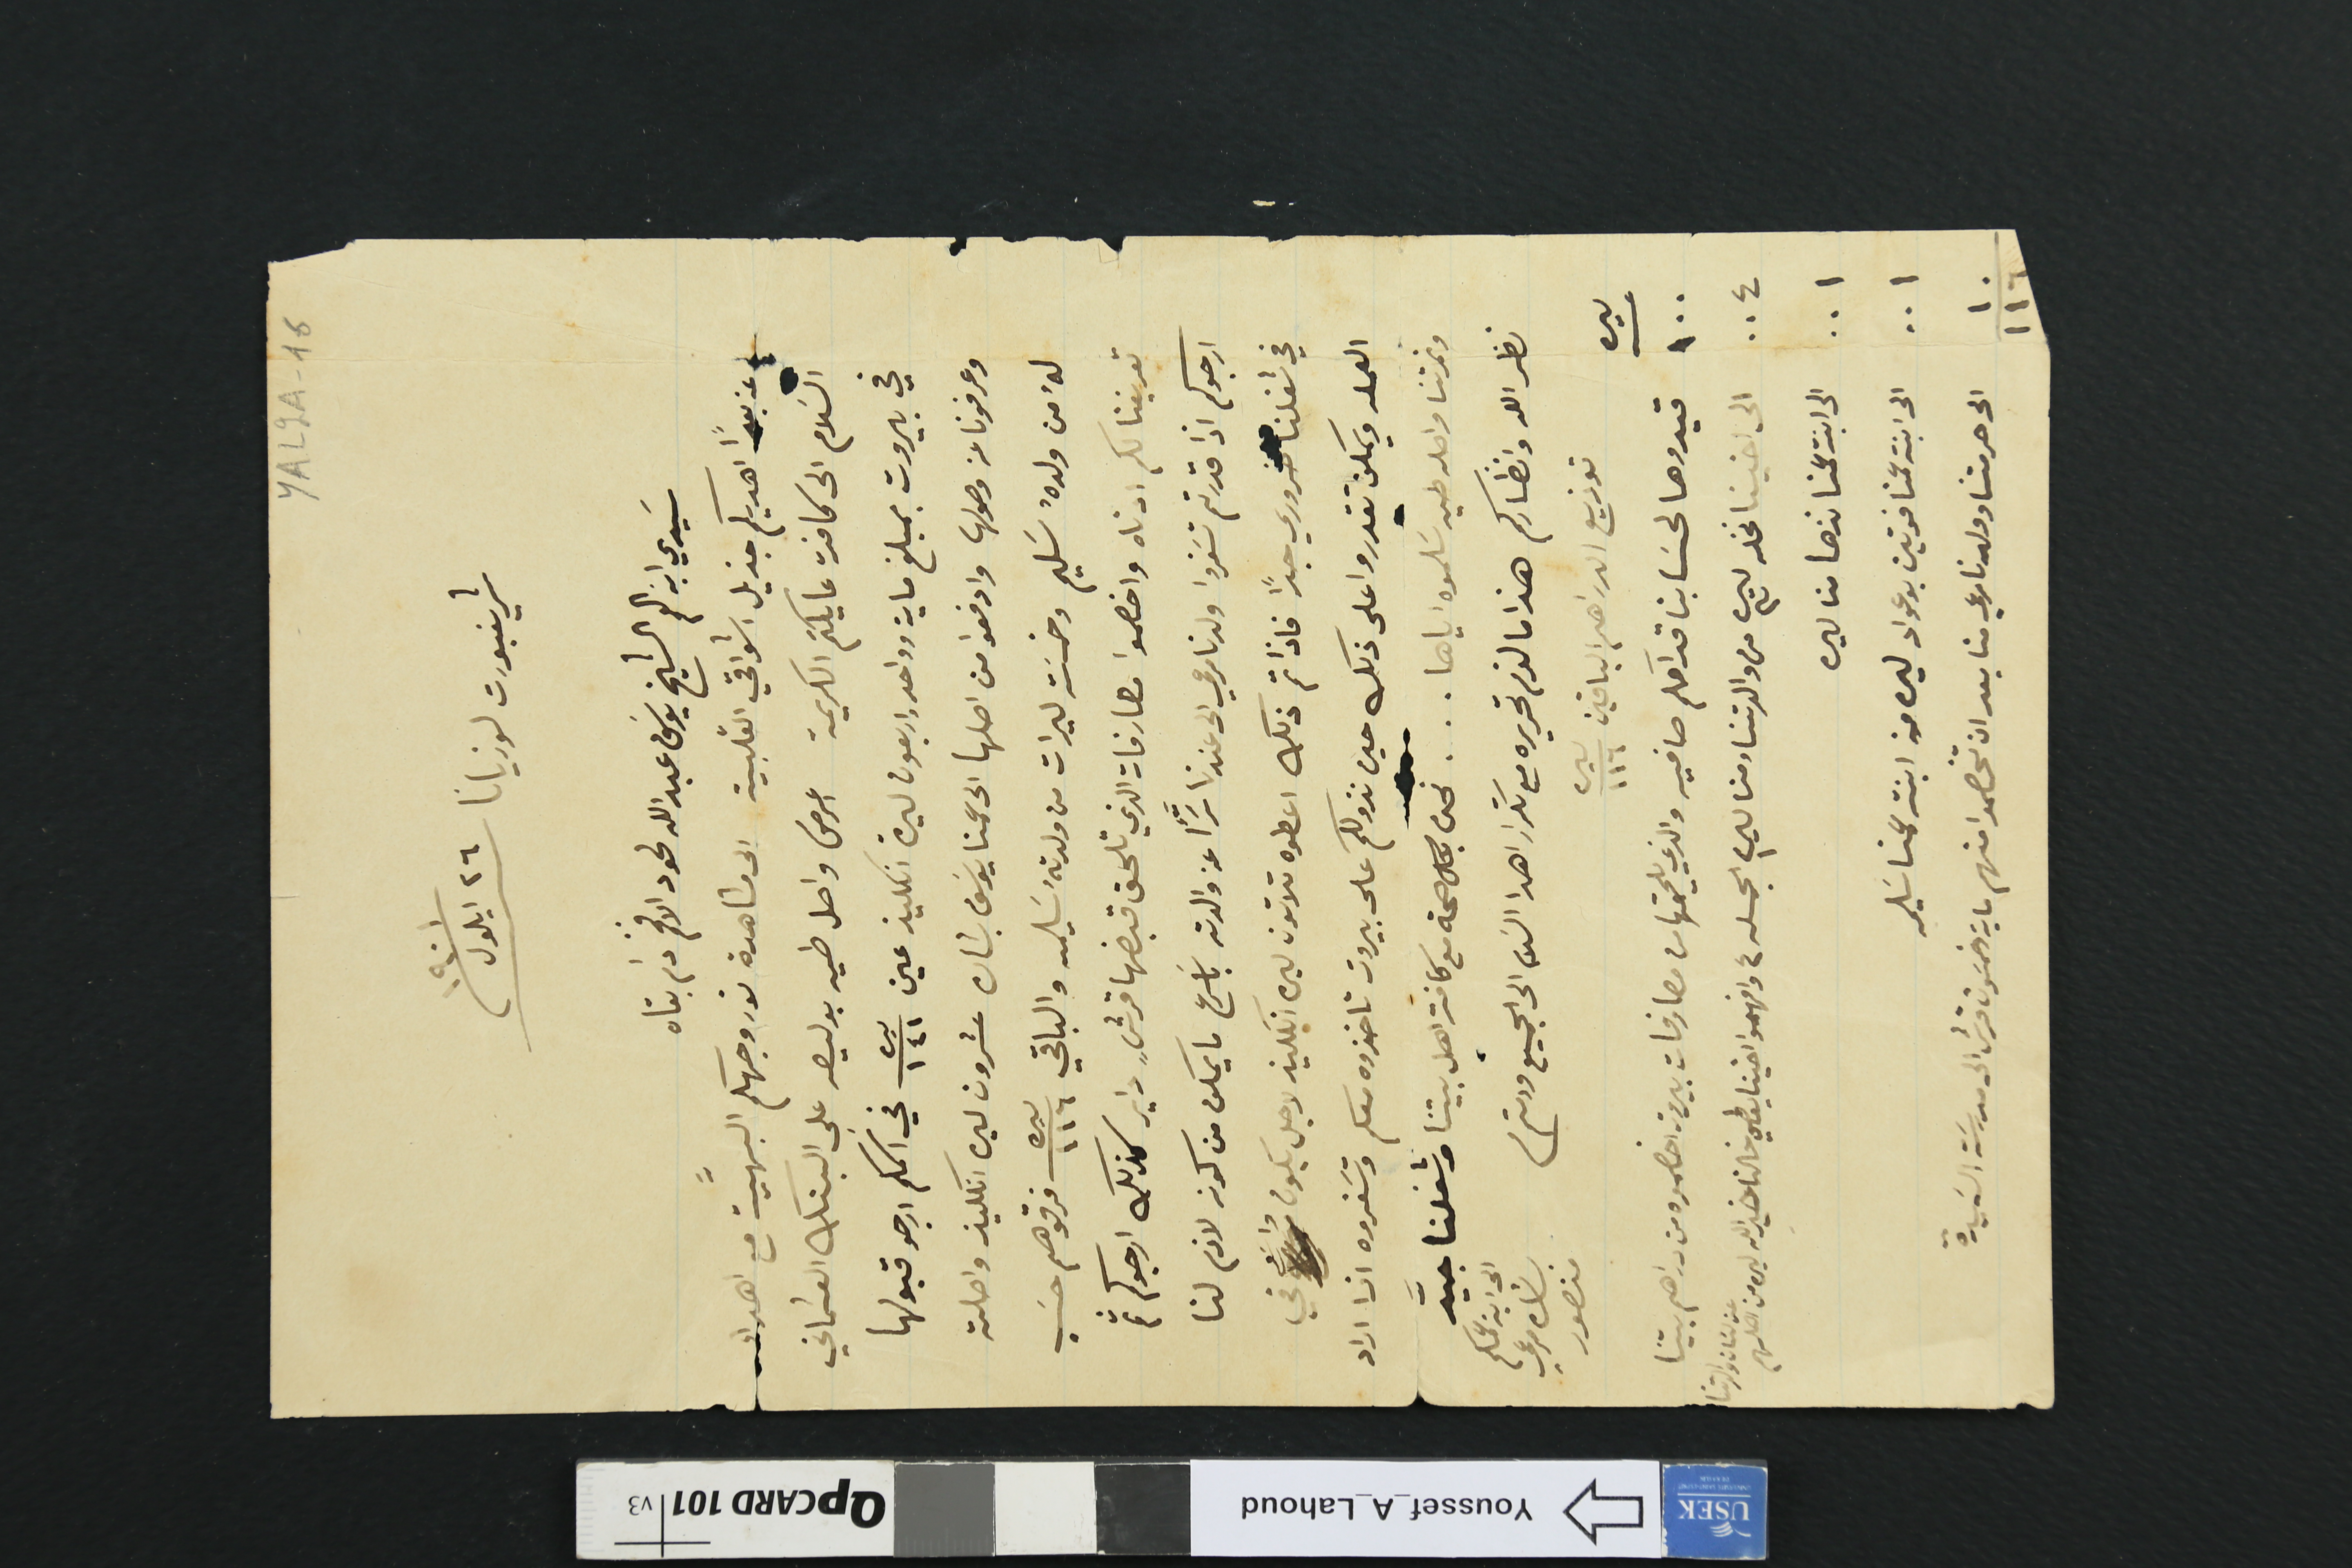
شريفبورت لوزيانا ٢٦ ايلول /١٩٠١
سَيدي ابن العم الشيخ يوسَف عبدالله لحود الافخم دام بقاه
عن بعدًا اهديكم جزيل اشواقي القلبية الى مشاهدة نور وجهكم البهَّية مع اهداء
السَلام الى كافة عايلتكم الكريمة اعرض واصل طيه على البنك العثماني
في بيروت بمبلغ ماية وواحد واربعون ليرة انكليز عين ليره/١٤١ في اسمكم ارجو قبولها
وعرفونا عن وصولها وادفعوا من اصلها الى عمنا يوسَف  بشاره عشرون ليره انكليز واصلته
لهُ من ولدهُ سَليم وخمسَت ليرات من ولدتهُ سَليمه والباقي ليره/١١٦ فرقوهم حسَب
تعريفنا لكم ادناه واخصموا مصارفات الذي تلحق قبضها قرشٍ داير كذلك ارجوكم ثم
ارجوكم اذا قدرتم تسَفروا ولدنا مرعي الى عندنا سَرًا عن والدته باسَرع ما يمكن من كون لازم لنا
في شغلنا ضروري جدًا فاذا تم ذلك اعطوه ثلاثون ليره انكليز لاجل يكون واسَع في
العمله ويمكن تقدروا على ذلك حين نزولكم على بيروت تاخذوه معكم وتسَفروه اذا اراد
ونمرتنا واصله طيه سَلموه اياها... نحن بكل صحة مع كافة اهل بيتنا وشغلنا جيَّد
نظر الله وانظاركم هذا ما لزم تحريره مع تكرار اهدا السَلام الى الجميع ودمتم
ليره  توزيع الدراهم الباقين ليره/١١٦
الى ابن  عمكم بشاره مرعي منصور
١٠٠ قيدوها لحسَابنا قدامكم صافيه والذي يلحقها من مصارفات بيروت اخصموه من دراهم بيتنا
٠٠٤ الى اخينا نخله ليره ٣ من والدتنا ومنا ليره ١ الجمله ٤ وافهموا اخينا يعطي خالنا خيرالله ليره من اصلهم عن لسَان والدتنا
٠٠١ الى ابنت عمنا نزها منا ليره
٠٠١ الى ابنت عمنا فوتين بو عواد ليره من ابنت عمنا سَليمه
١٠ الى حرمتنا وولدنا مرعي منا بعد ان تخصموا منهم ماية وخمسون قرش الى مدرسَة السَيدة
١١٦
YAL2A-16